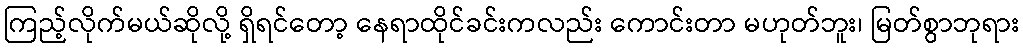
ကြည့်လိုက်မယ်ဆိုလို့ ရှိရင်တော့ နေရာထိုင်ခင်းကလည်း ကောင်းတာ မဟုတ်ဘူး၊ မြတ်စွာဘုရား